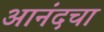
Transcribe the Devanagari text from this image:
आनंदचा